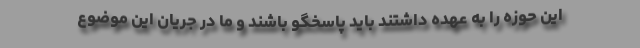
این حوزه را به عهده داشتند باید پاسخگو باشند و ما در جریان این موضوع